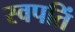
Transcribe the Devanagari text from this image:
स्वपतिं